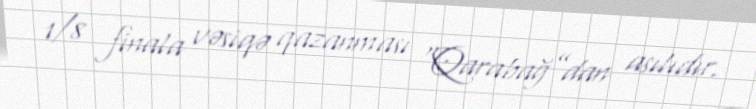
1/8 finala vəsiqə qazanması “Qarabağ”dan asılıdır.